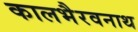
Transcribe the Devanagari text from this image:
कालभैरवनाथ